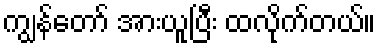
ကျွန်တော် အားယူပြီး ထလိုက်တယ်။